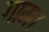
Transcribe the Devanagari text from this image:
गाम।